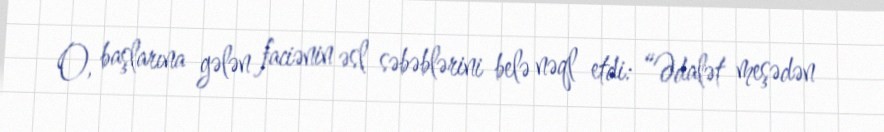
O, başlarına gələn faciənin əsl səbəblərini belə nəql etdi: “Ədalət meşədən